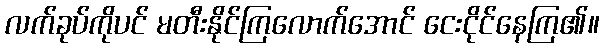
လက်ခုပ်ကိုပင် မတီးနိုင်ကြလောက်အောင် ငေးငိုင်နေကြ၏။